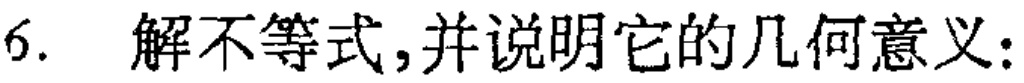
6. 解不等式,并说明它的几何意义: